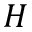
H